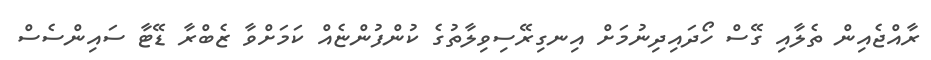
ރާއްޖެއިން ތެލާއި ގޭސް ހޯދައިދިނުމަށް އިނގިރޭސިވިލާތުގެ ކުންފުންޏެއް ކަމަށްވާ ޒެބްރާ ޑޭޓާ ސައިންސެސް